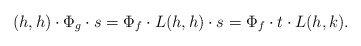
\begin{align*} (h,h)\cdot\Phi_g\cdot s= \Phi_f\cdot L(h,h)\cdot s=\Phi_f\cdot t\cdot L(h,k). \end{align*}